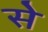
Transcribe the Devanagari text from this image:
से